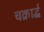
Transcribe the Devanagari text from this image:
चक्रार्द्ध